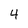
Character: 4